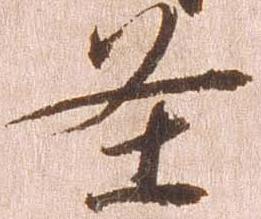
条